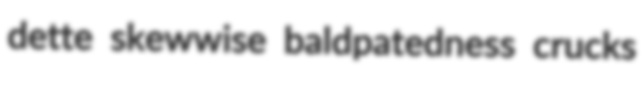
dette skewwise baldpatedness crucks